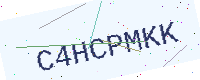
Text: C4HCPMKK